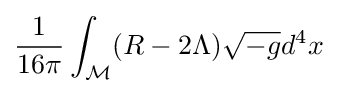
{1 \over 16\pi }\int _{\mathcal {M}}(R-2\Lambda ){\sqrt {-g}}d^{4}x